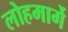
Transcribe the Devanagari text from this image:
लोहमार्गे